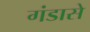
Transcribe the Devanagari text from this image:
गंडासे